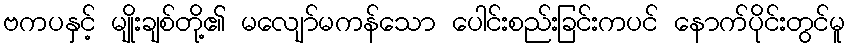
ဗကပနှင့် မျိုးချစ်တို့၏ မလျော်မကန်သော ပေါင်းစည်းခြင်းကပင် နောက်ပိုင်းတွင်မူ